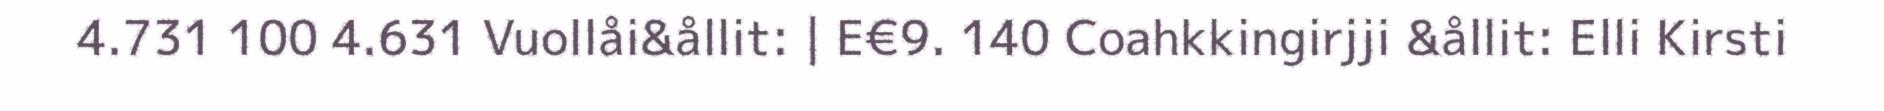
4.731 100 4.631 Vuollåi&ållit: | E€9. 140 Coahkkingirjji &ållit: Elli Kirsti